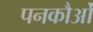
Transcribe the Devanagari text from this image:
पनकौओं